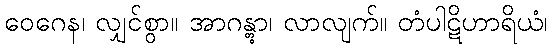
ဝေဂေန၊ လျှင်စွာ။ အာဂန္တွာ၊ လာလျက်။ တံပါဋိဟာရိယံ၊